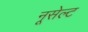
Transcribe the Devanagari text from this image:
नूसेल्ट